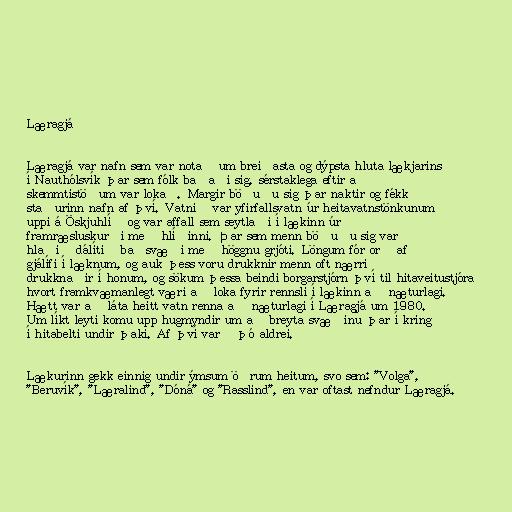
Læragjá

Læragjá var nafn sem var notað um breiðasta og dýpsta hluta lækjarins
í Nauthólsvík þar sem fólk baðaði sig, sérstaklega eftir að
skemmtistöðum var lokað. Margir böðuðu sig þar naktir og fékk
staðurinn nafn af því. Vatnið var yfirfallsvatn úr heitavatnstönkunum
uppi á Öskjuhlíð og var affall sem seytlaði í lækinn úr
framræsluskurði með hlíðinni. Þar sem menn böðuðu sig var
hlaðið dálítið baðsvæði með höggnu grjóti. Löngum fór orð af
gjálífi í læknum, og auk þess voru drukknir menn oft nærri
drukknaðir í honum, og sökum þessa beindi borgarstjórn því til hitaveitustjóra
hvort framkvæmanlegt væri að loka fyrir rennsli í lækinn að næturlagi.
Hætt var að láta heitt vatn renna að næturlagi í Læragjá um 1980.
Um líkt leyti komu upp hugmyndir um að breyta svæðinu þar í kring
í hitabelti undir þaki. Af því varð þó aldrei.

Lækurinn gekk einnig undir ýmsum öðrum heitum, svo sem: "Volga",
"Beruvík", "Læralind", "Dóná" og "Rasslind", en var oftast nefndur Læragjá.